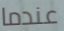
عندما